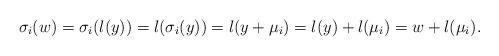
LaTeX: \begin{align*}\sigma_i(w)=\sigma_i(l(y))=l(\sigma_i(y))=l(y+\mu_i)=l(y)+l(\mu_i)=w+l(\mu_i).\end{align*}